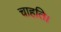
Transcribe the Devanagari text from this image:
चाहति।